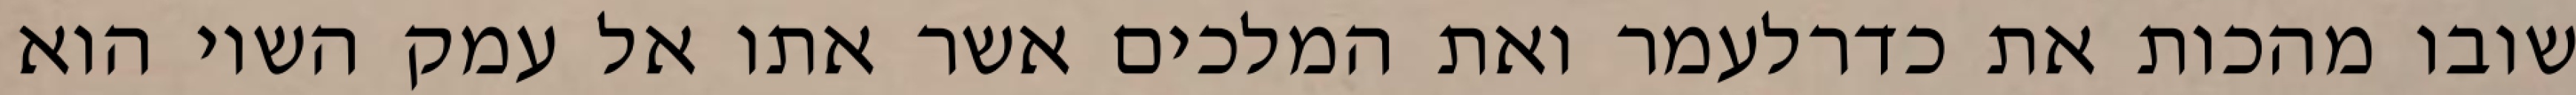
שובו מהכות את כדרלעמר ואת המלכים אשר אתו אל עמק השוי הוא